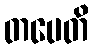
တပေတိ